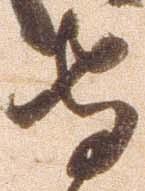
守